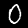
Label: 0